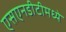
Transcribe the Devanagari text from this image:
एसएनडीटीमध्ये